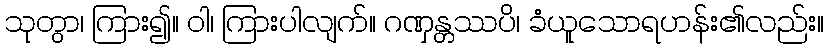
သုတွာ၊ ကြား၍။ ဝါ၊ ကြားပါလျက်။ ဂဏှန္တဿပိ၊ ခံယူသောရဟန်း၏လည်း။